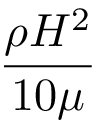
{ \frac { \rho H ^ { 2 } } { 1 0 \mu } }